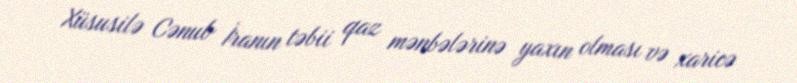
Xüsusilə Cənub İranın təbii qaz mənbələrinə yaxın olması və xaricə